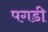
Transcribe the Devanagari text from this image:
पगडी़